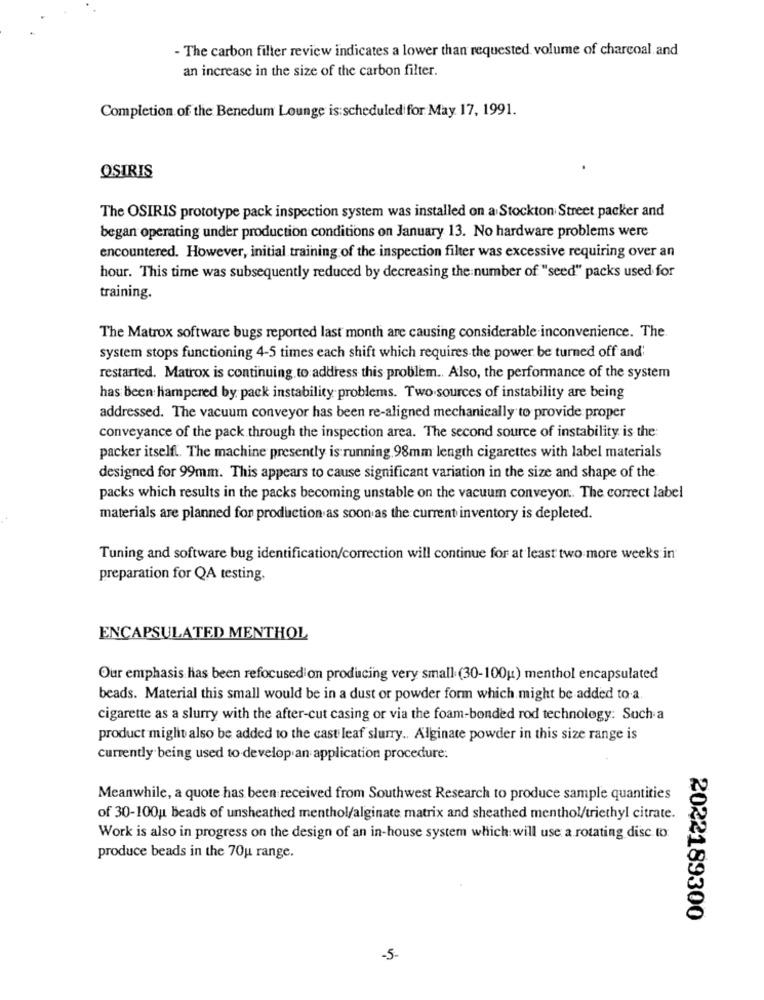
- The carbon filter review indicates a lower than requested volume of charcoal and
an increase in the size of the carbon filter.
Completion of the Benedum Lounge is scheduled for May 17, 1991.
OSIRIS
The OSIRIS prototype pack inspection system was installed on a Stockton Street packer and
began operating under production conditions on January 13. No hardware problems were
encountered. However, initial training of the inspection filter was excessive requiring over an
hour. This time was subsequently reduced by decreasing the number of "seed" packs used for
training.
The Matrox software bugs reported last month are causing considerable inconvenience. The.
system stops functioning 4-5 times each shift which requires the power be turned off and'
restarted. Matrox is continuing to address this problem .. Also, the performance of the system
has been hampered by pack instability problems. Two sources of instability are being
addressed. The vacuum conveyor has been re-aligned mechanically to provide proper
conveyance of the pack through the inspection area. The second source of instability is the:
packer itself .. The machine presently is running.98mm length cigarettes with label materials
designed for 99mm. This appears to cause significant variation in the size and shape of the
packs which results in the packs becoming unstable on the vacuum conveyor. The correct label
materials are planned for production as soon as the current inventory is depleted.
Tuning and software bug identification/correction will continue for at least two more weeks in
preparation for QA testing,
ENCAPSULATED MENTHOL
Our emphasis has been refocused on producing very small (30-100g) menthol encapsulated
beads. Material this small would be in a dust or powder form which might be added to a.
cigarette as a slurry with the after-cut casing or via the foam-bonded rod technology: Such a
product miglit also be added to the castleaf slurry .. Alginate powder in this size range is
currently being used to develop an application procedure:
Meanwhile, a quote has been received from Southwest Research to produce sample quantities
of 30-100; beads of unsheathed menthol/alginate matrix and sheathed menthol/triethyl citrate.
Work is also in progress on the design of an in-house system which will use a rotating disc to
produce beads in the 70u range.
2022189300
-5-